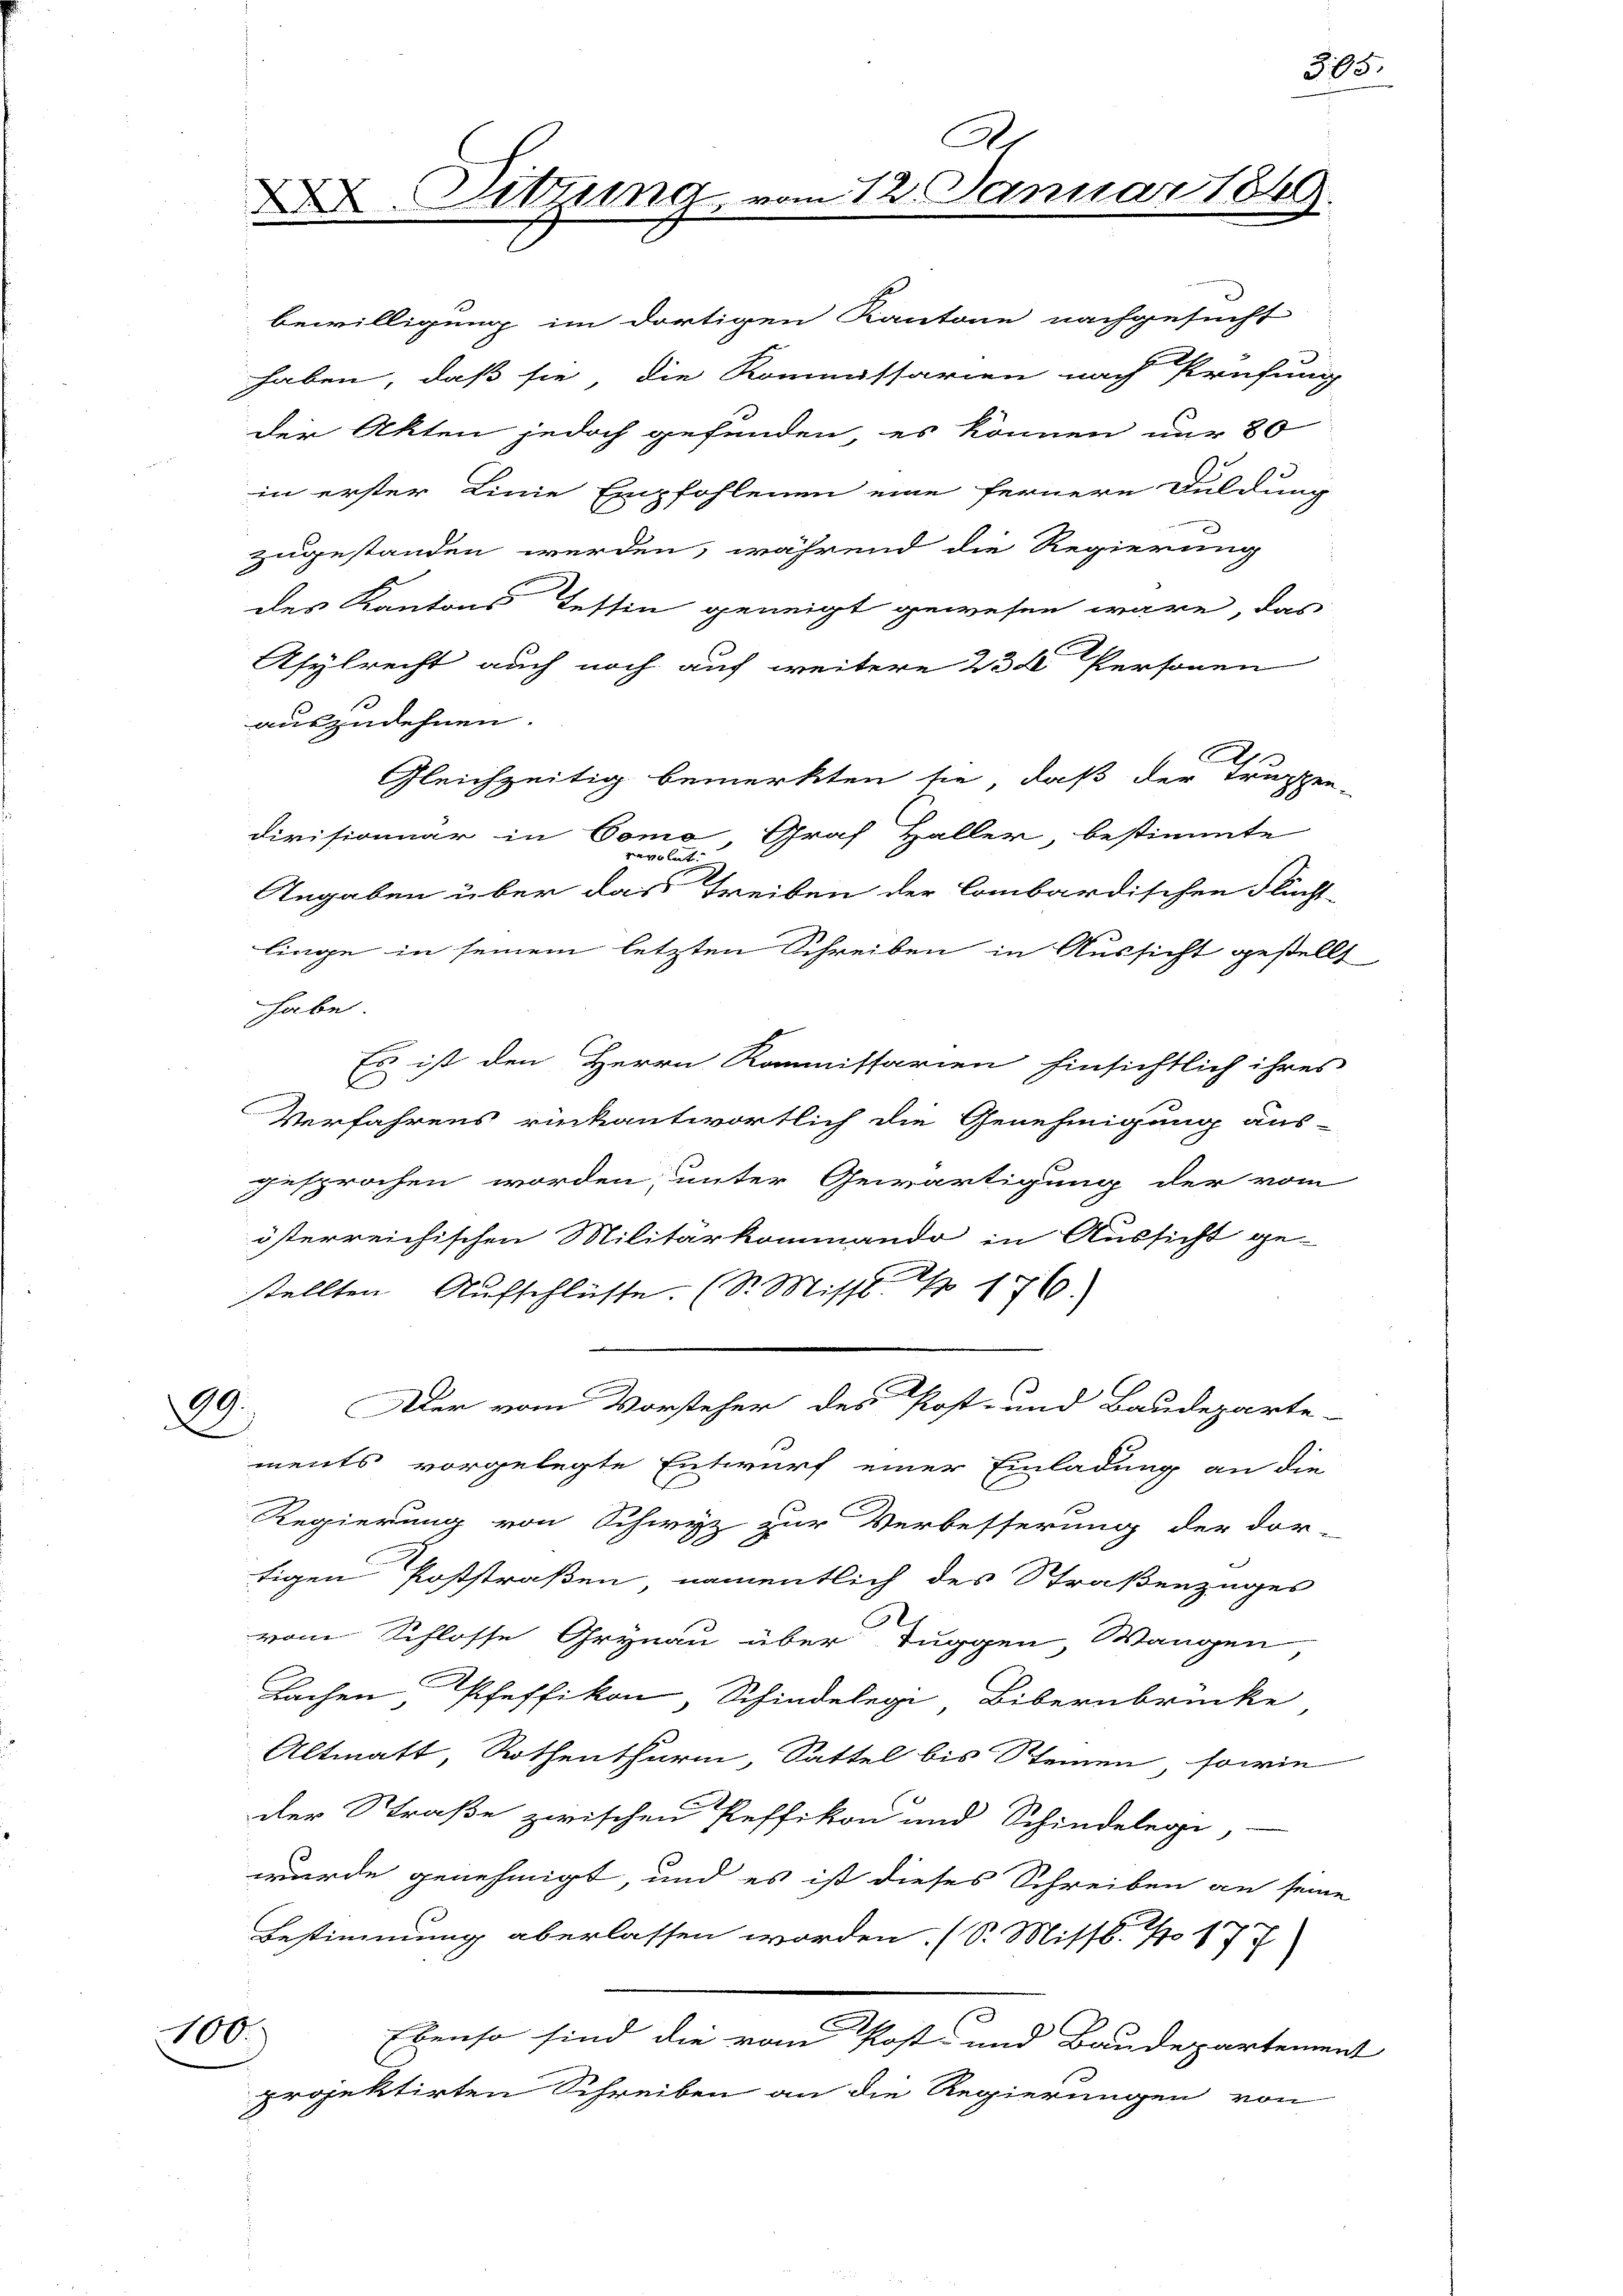
haben, daß sie die Konmassarien nach Prüfung
der Akten jedoch gefunden, es können nur 80
in erster Linie Empfohlenen eine fernere Duldung
zugestanden werden, während die Regierung
des Kantons Tessin geneigt gewesen wäre, das
Asylrecht auch noch auf weitere 23 t Personen
auszudehnen.
A
Gleichzeitig bemerkten sie, daß der Truppe
divisionuar in Como Graf Haller, bestimmte
Angaben über das Treiben der Combardischen Flücht
liege in seinem letzten Schreiben in Aussicht gestell
habe
Es ist den Herrn Kommissarien hinsichtlich ihres
E
Verfahrens rückantwortlich die Genehmigung aus-
gesprochen worden, unter Gewärtigung der vom
österreichischen Militärkommando in Aussicht ge-
stellten Aufschlüsse. (S. Missl Nr 176.
99.
Der vom Vorsteher des Post- und Baudeparte-
.
ments vorgelegte Entwurf einer Einladung an die
Regierung von Schwyz zur Verbesserung der dor-
tigen Poststraßen namentlich des Straßenzuges
vom Schlosse Grynau über Tuggen, Wangen
Sachen, Pfeffikon, Schindelegi Bibernbrücke
Altmatt, Rothenthurm, Sattel bis Steinen, sowie
der Straße zwischen Peffikon und Schindelegi
wurde genehmigt, und es ist dieses Schreiben an sein
x
Bestimmung aberlassen worden. (S. Missl. 117
100.
Ebenso sind die vom Post- und Baudeparten
projektirten Schreiben an die Regierungen von

X Sitzung

bewilligung im dortigen Kantone nachgesucht

A
am 12. Januar 1849.

365.

x

2

en

n